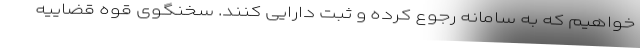
خواهیم که به سامانه رجوع کرده و ثبت دارایی کنند. سخنگوی قوه قضاییه